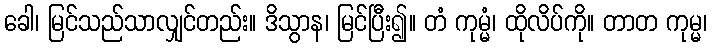
ခေါ၊ မြင်သည်သာလျှင်တည်း။ ဒိသွာန၊ မြင်ပြီး၍။ တံ ကုမ္မံ၊ ထိုလိပ်ကို။ တာတ ကုမ္မ၊